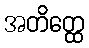
အတိတ္ထေ